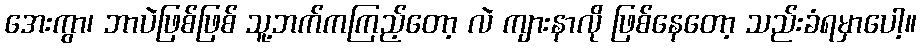
အေးကွာ၊ ဘာပဲဖြစ်ဖြစ် သူ့ဘက်ကကြည့်တော့ လဲ ကျားနာလို ဖြစ်နေတော့ သည်းခံရမှာပေါ့။